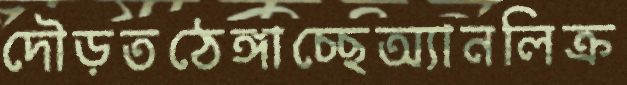
দৌড়তঠেঙ্গাচ্ছেঅ্যানলিক্র